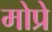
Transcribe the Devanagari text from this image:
मोप्रे